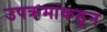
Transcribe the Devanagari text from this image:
उपक्रमांकडून